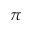
\pi